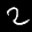
Label: 2